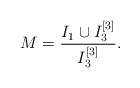
\begin{align*}M = \frac{I_1 \cup I_3^{[3]}}{I_3^{[3]}}.\end{align*}